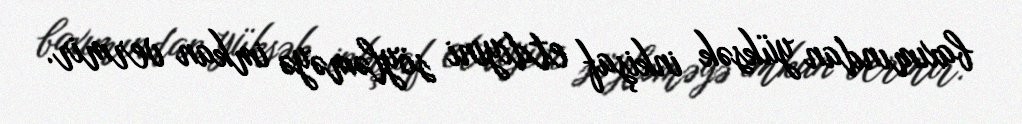
baxımından yüksək inkişaf etdiyini söyləməyə imkan vermir.